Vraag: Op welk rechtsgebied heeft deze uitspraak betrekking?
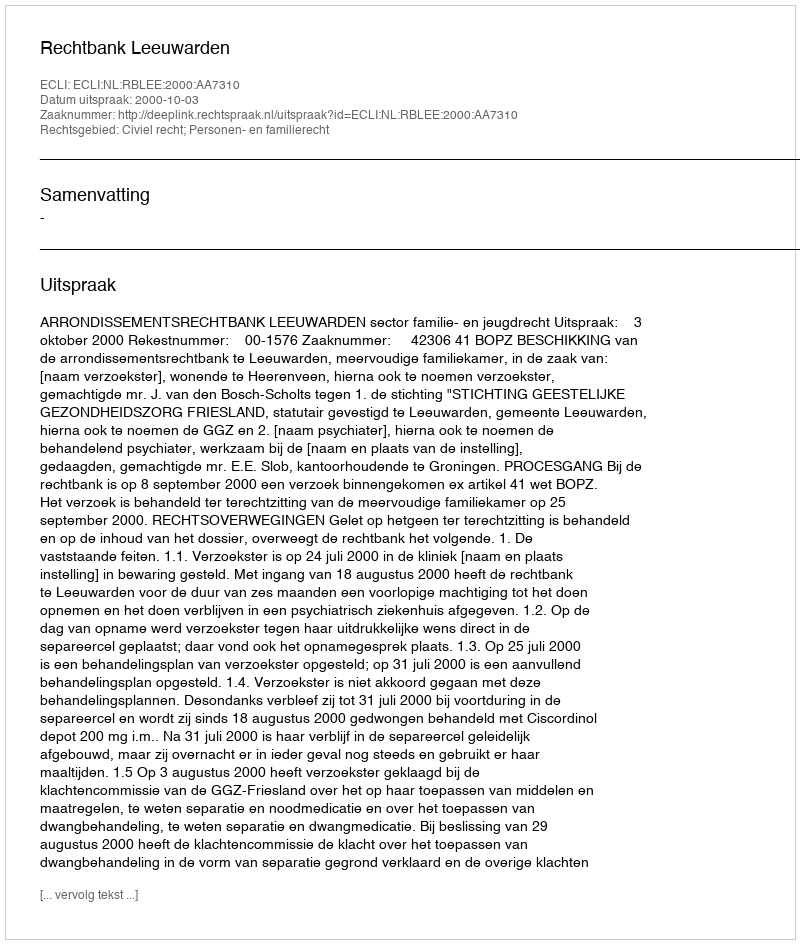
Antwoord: Civiel recht; Personen- en familierecht